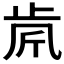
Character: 𣥪